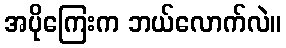
အပိုကြေးက ဘယ်လောက်လဲ။